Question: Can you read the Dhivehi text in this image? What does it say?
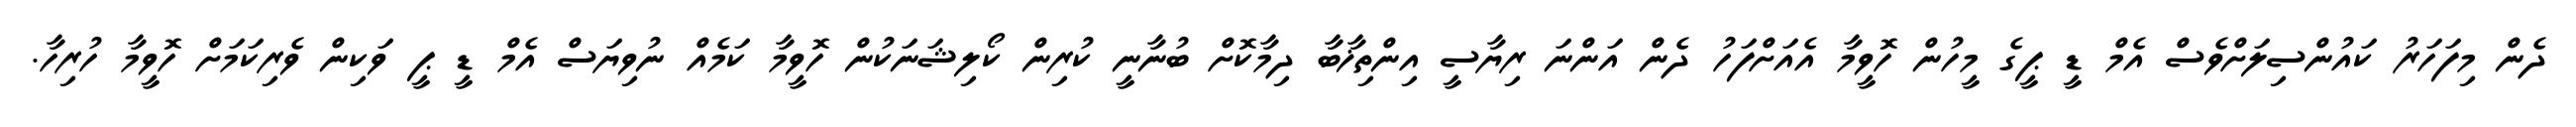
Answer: ދެން މިފަހަރު ކައުންސިލަށްވެސް އެމް ޑީ ޕީގެ މީހުން ހޮވީމާ އެއަށްފަހު ދެން އަންނަ ރިޔާސީ އިންތިޚާބާ ދިމާކޮށް ބުނާނީ ކުރިން ކޯލިޝަނަކުން ހޮވީމާ ކަމެއް ނުވިޔަސް އެމް ޑީ ޕީ ވަކިން ވެރިކަމަށް ހޮވީމާ ހުރިހާ.